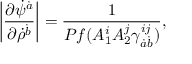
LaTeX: \left| { \frac { \partial \dot { \psi } ^ { \dot { a } } } { \partial \dot { \rho } ^ { \dot { b } } } } \right| = { \frac { 1 } { P f ( A _ { 1 } ^ { i } A _ { 2 } ^ { j } \gamma _ { \dot { a } \dot { b } } ^ { i j } ) } } ,